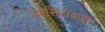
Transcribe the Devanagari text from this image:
जेमसिटाबाइन